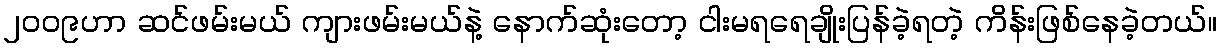
၂၀၀၉ဟာ ဆင်ဖမ်းမယ် ကျားဖမ်းမယ်နဲ့ နောက်ဆုံးတော့ ငါးမရရေချိုးပြန်ခဲ့ရတဲ့ ကိန်းဖြစ်နေခဲ့တယ်။